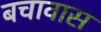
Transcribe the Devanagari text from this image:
बचावास